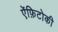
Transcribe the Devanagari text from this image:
ऐंफ़िटोकी